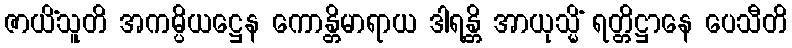
ဇာယိံသူတိ အကမ္ပိယဋ္ဌေန ကောန္တိမာရာယ ဒါရန္တိ အာယုသ္မိံ ရတ္တိဋ္ဌာနေ ပေသီတိ